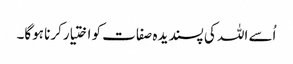
اُسے اللہ کی پسندیدہ صفات کو اختیارکرنا ہوگا۔